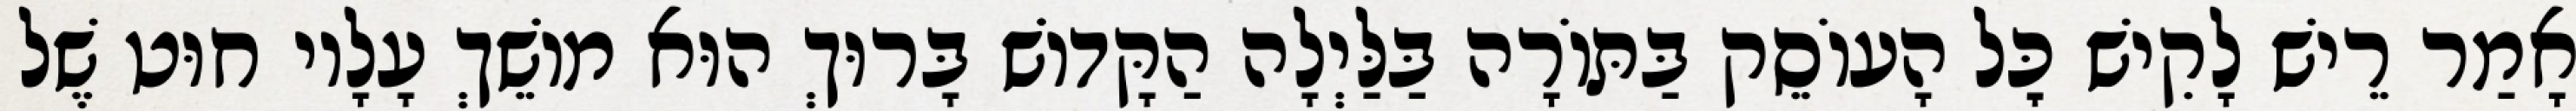
אָמַר רֵישׁ לָקִישׁ כׇּל הָעוֹסֵק בַּתּוֹרָה בַּלַּיְלָה הַקָּדוֹשׁ בָּרוּךְ הוּא מוֹשֵׁךְ עָלָיו חוּט שֶׁל